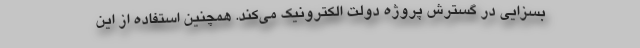
بسزایی در گسترش پروژه دولت الکترونیک می‌کند. همچنین استفاده از این